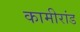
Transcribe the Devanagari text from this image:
कामीरांड